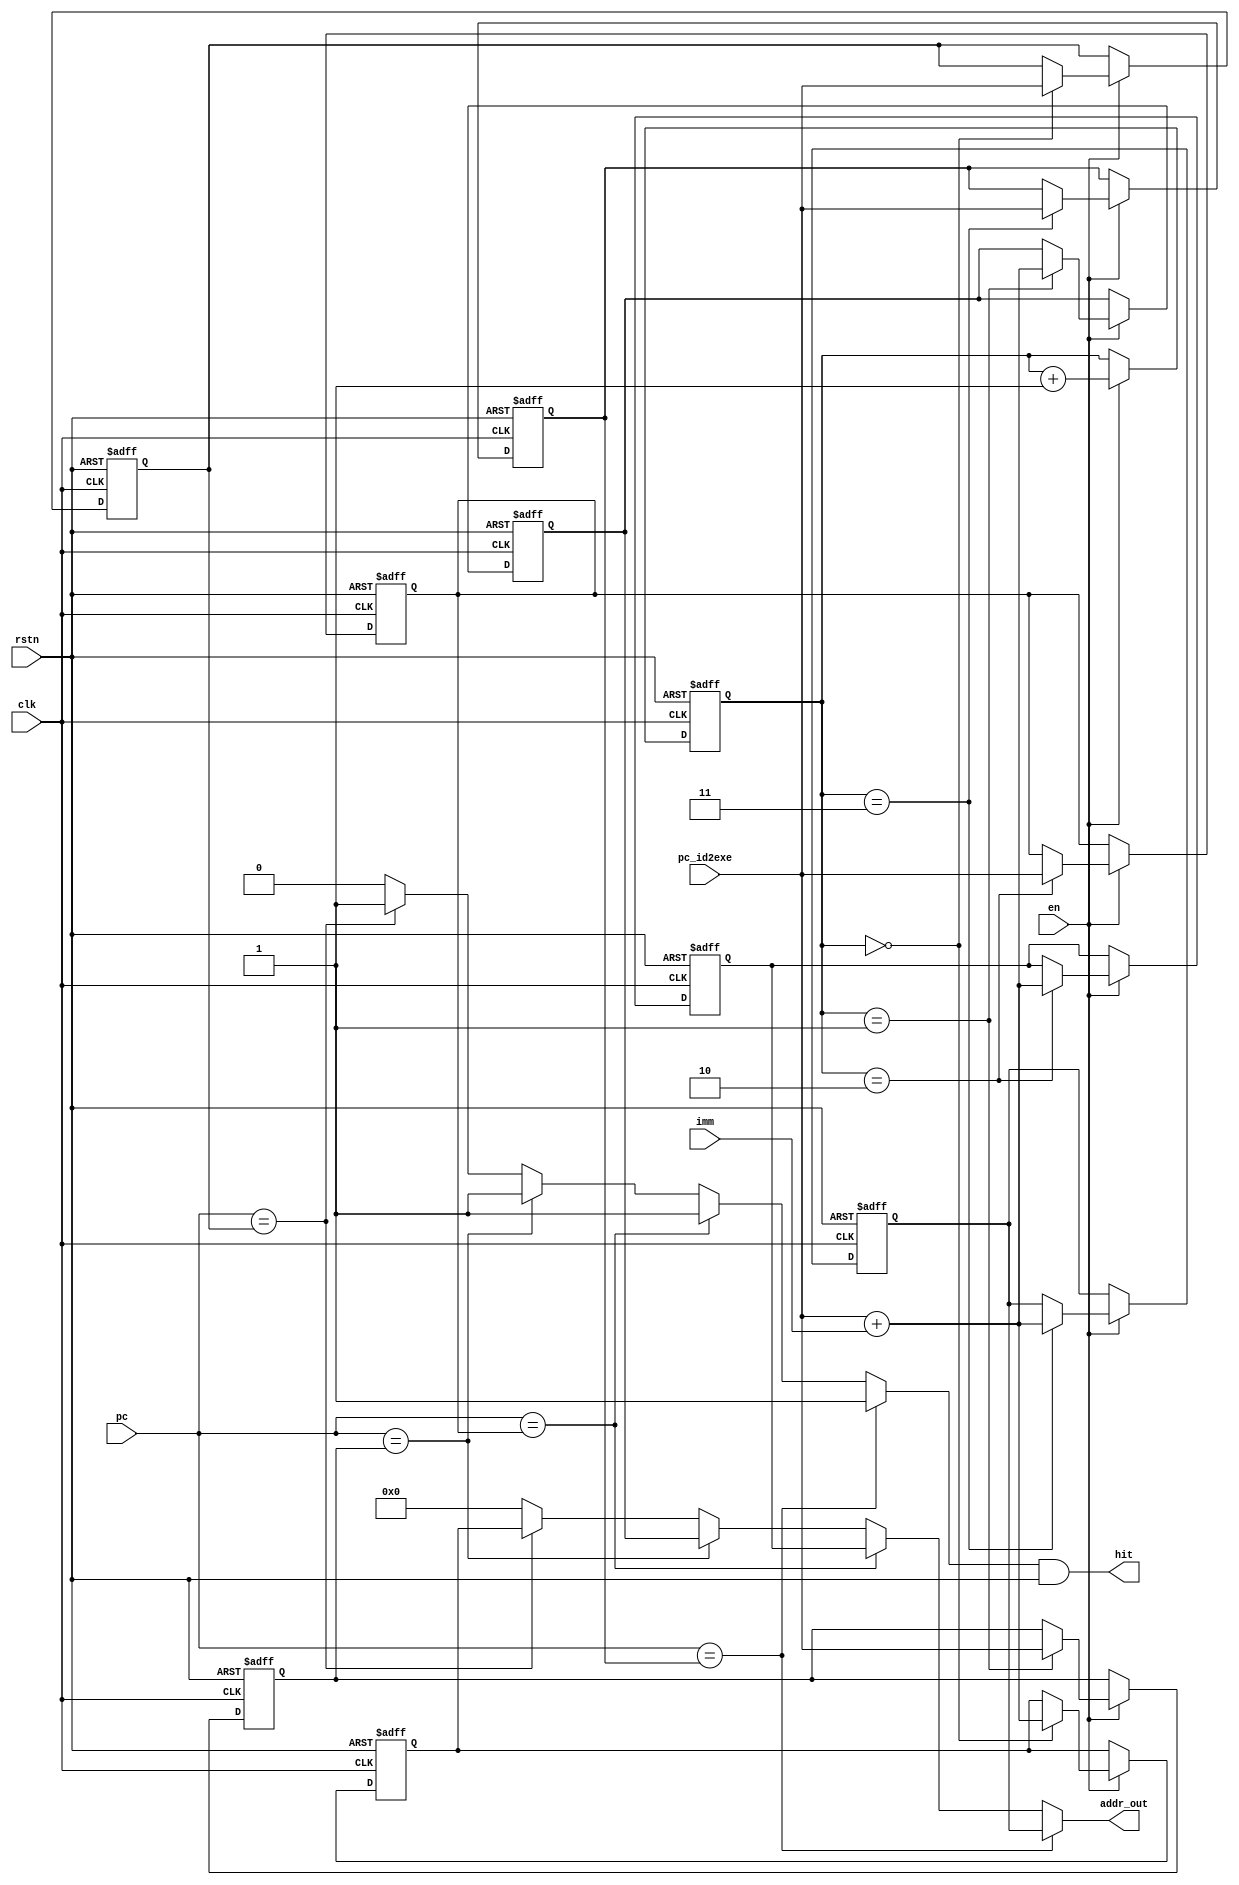
/***********************************************************************************************************
Github repo : https://github.com/Praseeda-S/RISC-V-Soc.git
Date : 20/05/2021
Authors : Praseeda S, Sanjana AR, Parvathy PH, Anna Sebastine
College Name : College of Engineering, Trivandrum
Project Name : Design and Verification of Vriddhi: A RISC-V Core
Design name : Branch Target Buffer 
Module name : BranchTargetBuffer  
Description : Consists of target addresses of branch instructions
***********************************************************************************************************/

module BranchTargetBuffer #(parameter BLOCKSIZE = 4)(
input       clk,
input       rstn,
input [31:0]pc,
input [31:0]pc_id2exe,
input [31:0]imm,
input        en,
output       hit,
output reg[31:0]addr_out
);

reg [31:0] pc_arr[0:BLOCKSIZE-1];
reg [31:0] addr_arr[0:BLOCKSIZE-1];
reg hit_reg;
integer i;
reg [1:0] wr_pos;//position in which writing happens

assign hit = hit_reg & rstn;

//-------COMPARING PC TO FIND THE TARGET ADDRESS-------//
always@(pc)
begin
   hit_reg = 0;
   addr_out = 32'b0; //warning 13012
   for(i = 0;i<BLOCKSIZE;i = i+1)
   begin
      if(pc == pc_arr[i])
           begin
         addr_out <= addr_arr[i];
              hit_reg <= 1;
           end            
   end
end

//-----------------------WRITING-----------------------//
always@(posedge clk or negedge rstn)//in decode stage of the branch instruction itself.
begin
   if(~rstn)
   begin
          wr_pos <= 0;    
          for(i = 0;i<BLOCKSIZE;i = i+1)
          begin
             pc_arr[i] <= 32'b00000000;
             addr_arr[i] <= 32'b00000000;
          end
        end
   else
   begin
	   i=0; //to avoid inferred latches.
      if(en)
      begin
        pc_arr[wr_pos] <= pc_id2exe;
        addr_arr[wr_pos] <= pc_id2exe+imm;
        wr_pos <= wr_pos + 1'b1;
      end 
   end
	
end

endmodule